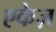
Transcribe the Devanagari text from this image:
एकेज़